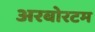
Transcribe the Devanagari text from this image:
अरबोरटम